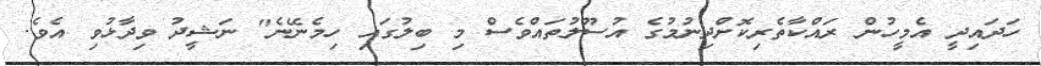
ހަދައިދީ އެމީހުން ރައްކާތެރިކޮށްދިނުމުގެ އުސޫލުތައްވެސް މި ބިލުގައި ހިމެނޭނެ" ނަޝީދު ވިދާޅުވި އެވެ.